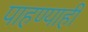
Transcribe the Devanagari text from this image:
पाहण्याही